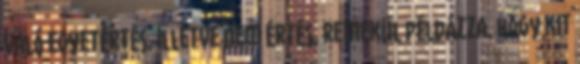
való egyetértés, illetve nem értés, remekül példázza, hogy kit